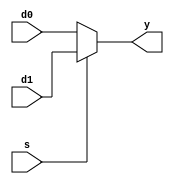
// 1-bit 2 to 1 multiplexer
module mux2(d0, d1, s, y);
    input d0, d1;
    input s;
    output reg y;

    always @(s, d0, d1) begin
        if (s == 0)
            y <= d0;
        else
            y <= d1;
    end
endmodule